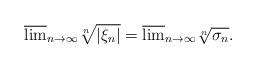
LaTeX: \begin{align*} \overline{\lim}_{n \to \infty} \sqrt[n]{|\xi_n|} =\overline{\lim}_{n \to \infty} \sqrt[n]{\sigma_n}.\end{align*}